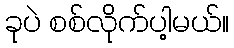
ခုပဲ စစ်လိုက်ပါ့မယ်။